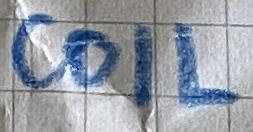
Text: coil